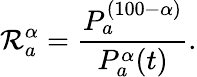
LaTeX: \mathcal{R}_{a}^{\alpha}=\frac{P_{a}^{(100-\alpha)}}{P_{a}^{\alpha}(t)}.